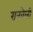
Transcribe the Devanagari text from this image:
रानवेली